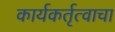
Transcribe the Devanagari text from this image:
कार्यकर्तृत्वाचा